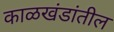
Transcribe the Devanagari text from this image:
काळखंडांतील